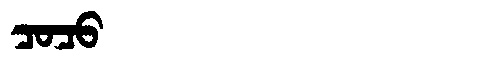
Manchu: ᠴᠣᠴᠣ
Romanization: COCO